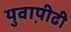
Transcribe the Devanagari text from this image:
युवाप़ीढी